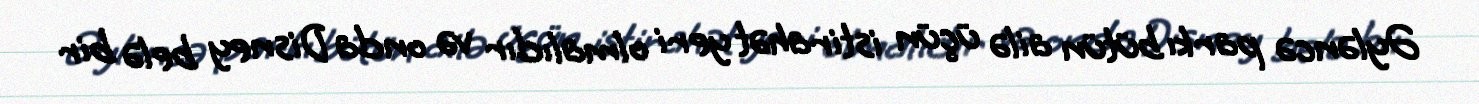
Əyləncə parkı bütün ailə üçün istirahət yeri olmalıdır və onda Disney belə bir